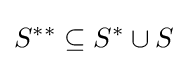
S^{**}\subseteq S^{*}\cup S